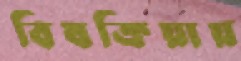
বিষক্রিয়ায়